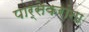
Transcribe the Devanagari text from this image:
पार्सेकरांना